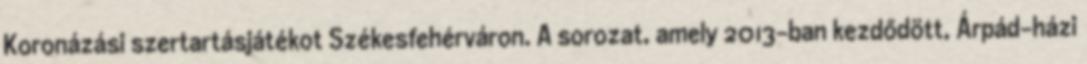
Koronázási szertartásjátékot Székesfehérváron. A sorozat, amely 2013-ban kezdődött, Árpád-házi